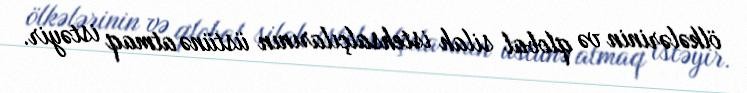
ölkələrinin və qlobal silah istehsalçılarının üstünə atmaq istəyir.